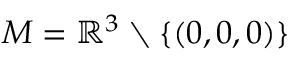
M = \mathbb { R } ^ { 3 } \setminus \{ ( 0 , 0 , 0 ) \}